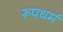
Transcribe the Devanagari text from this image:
रूपधर्म